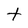
Character: t